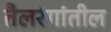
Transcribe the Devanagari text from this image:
तैलरंगांतील